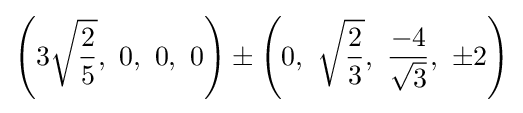
\left(3{\sqrt {\frac {2}{5}}},\ 0,\ 0,\ 0\right)\pm \left(0,\ {\sqrt {\frac {2}{3}}},\ {\frac {-4}{\sqrt {3}}},\ \pm 2\right)